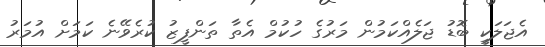
އެޖަލަކީ ބޮޑު ޖަލެއްކަމުން މަރުގެ ހުކުމް އެތާ ތަންފީޒު ކުރެވޭނެ ކަމަށް އުމަރު